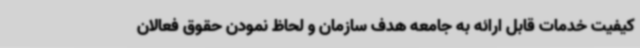
کیفیت خدمات قابل ارائه به جامعه هدف سازمان و لحاظ نمودن حقوق فعالان